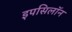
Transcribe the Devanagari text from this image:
इपसिलॉन